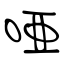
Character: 唖